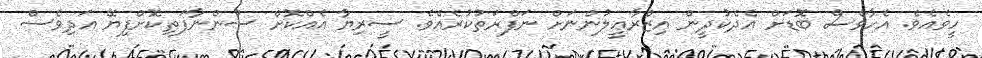
ހީވެއެވެ. އެހާވެސް ބޮޑަށް އެދެކުދީން އިޒްރާޢީލުންނަށް ނަފްރަތުކުރެއެވެ. ސީރިޔާ އެއްކޮށް ސުންނާފަތިކޮށްފިޔޭ އަދިވެސް